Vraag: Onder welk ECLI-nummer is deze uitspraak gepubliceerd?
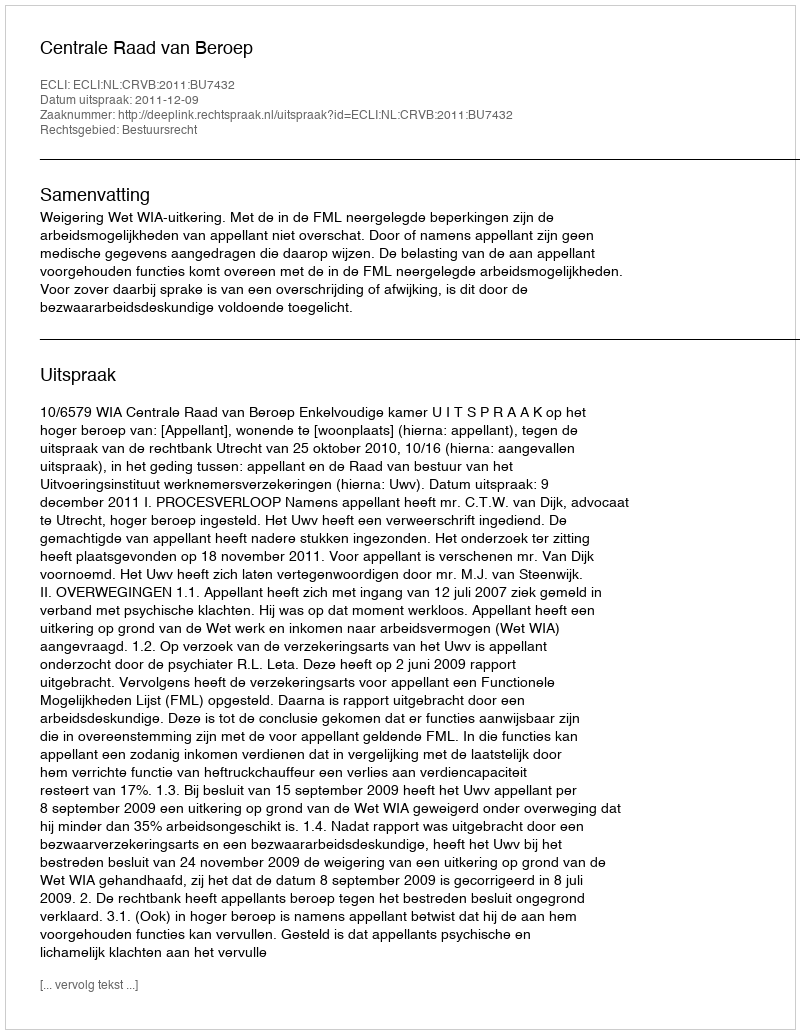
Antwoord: ECLI:NL:CRVB:2011:BU7432